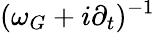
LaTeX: (\omega_{G}+i\partial_{t})^{-1}